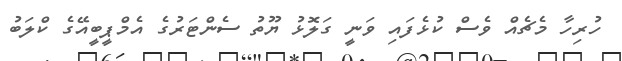
ހުރިހާ މެޗެއް ވެސް ކުޅެފައި ވަނީ ގަލޮޅު ޔޫތު ސެންޓަރުގެ އެމްޕީބީއޭގެ ކްލަބު